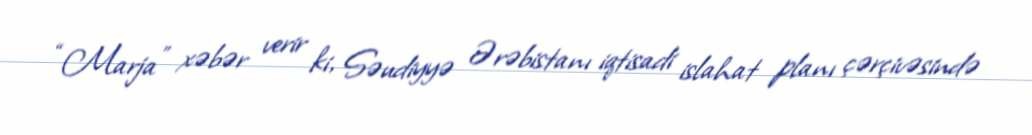
“Marja” xəbər verir ki, Səudiyyə Ərəbistanı iqtisadi islahat planı çərçivəsində